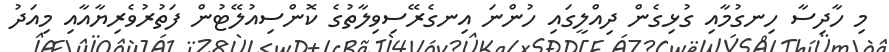
މި ހާދިސާ ހިނގުމާއި ގުޅިގެން ދިއްލީގައި ހުންނަ އިނގެރޭސިވިލާތުގެ ކޮންސިއުލޭޓުން ފަތުރުވެރިޔާއާއި މިއަދު